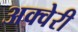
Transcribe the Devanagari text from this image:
अक्वेरी